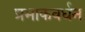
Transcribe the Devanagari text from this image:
प्रभाकवर्धन